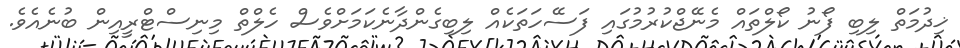
ޚިދުމަތް ލިބި ފޯނު ކޯލްތައް މެނޭޖްކުރުމުގައި ފަސޭހަތަކެއް ލިބިގެންދާނެކަމަށްވެސް ހެލްތް މިނިސްޓްރީއިން ބުނެއެވެ.